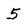
Character: 5